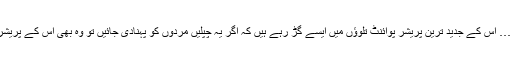
تم خود ہی پہن کر دیکھو…… اس کے جدید ترین پریشر پوائنٹ تلوؤں میں ایسے گڑ رہے ہیں کہ اگر یہ چپلیں مردوں کو پہنادی جائیں تو وہ بھی اس کے پریشر(دباؤ) سے اُٹھ کھڑے ہوں۔